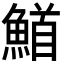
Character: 𮬅